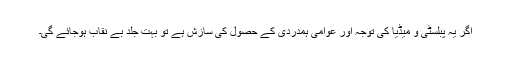
اگر یہ پبلسٹی و میڈیا کی توجہ اور عوامی ہمدردی کے حصول کی سازش ہے تو بہت جلد بے نقاب ہوجائے گی۔